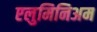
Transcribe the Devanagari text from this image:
एलुमिनिअम